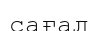
сағал